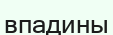
впадины